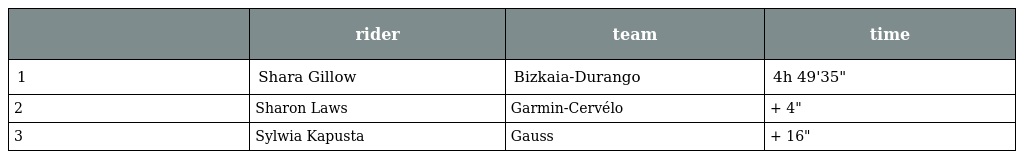
|  | rider | team | time |
 | --- | --- | --- | --- |
 | 1 | Shara Gillow | Bizkaia-Durango | 4h 49'35" |
 | 2 | Sharon Laws | Garmin-Cervélo | + 4" |
 | 3 | Sylwia Kapusta | Gauss | + 16" |